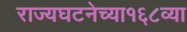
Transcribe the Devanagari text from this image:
राज्यघटनेच्या१६८व्या